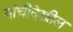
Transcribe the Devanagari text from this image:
यांचीदेखील